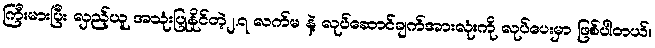
ကြီးမားပြီး လှည့်ယူ အသုံးပြုနိုင်တဲ့၂.၇ လက်မ နဲ့ လုပ်ဆောင်ချက်အားလုံးကို လုပ်ပေးမှာ ဖြစ်ပါတယ်။